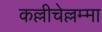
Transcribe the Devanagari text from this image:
कल्लीचेल्लम्मा